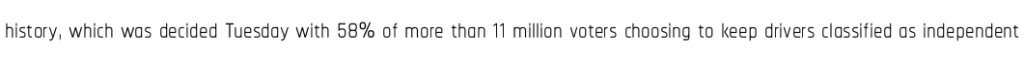
history, which was decided Tuesday with 58% of more than 11 million voters choosing to keep drivers classified as independent